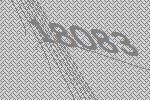
18083